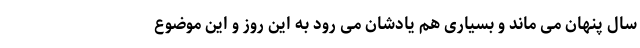
سال پنهان می ماند و بسیاری هم یادشان می رود به این روز و این موضوع